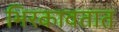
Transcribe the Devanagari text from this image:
भिरकावतात